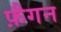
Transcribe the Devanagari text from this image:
फ़ैगन